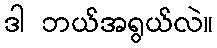
ဒါ ဘယ်အရွယ်လဲ။